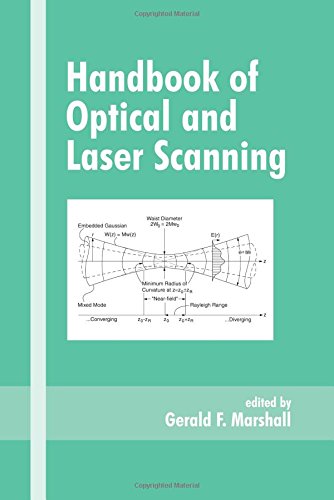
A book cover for Handbook of Optical and Laser Scanning (Optical Science and Engineering); Medical Books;